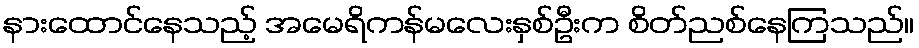
နားထောင်နေသည့် အမေရိကန်မလေးနှစ်ဦးက စိတ်ညစ်နေကြသည်။